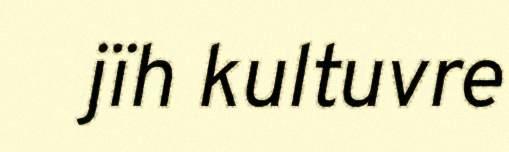
jïh kultuvre